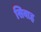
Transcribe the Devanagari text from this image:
सिवाह